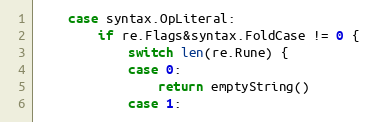
Language: Go
	case syntax.OpLiteral:
		if re.Flags&syntax.FoldCase != 0 {
			switch len(re.Rune) {
			case 0:
				return emptyString()
			case 1: